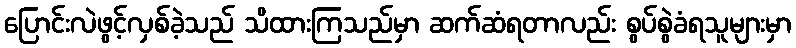
ပြောင်းလဲဖွင့်လှစ်ခဲ့သည် သိထားကြသည်မှာ ဆက်ဆံရတာလည်း စွပ်စွဲခံရသူများမှာ